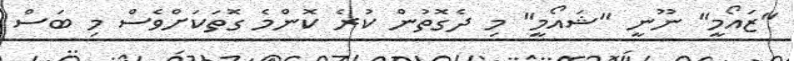
"ޒައޯމީ" ނޫނީ "ޝައޯމީ" މި ދެގޮތުން ކުރެ ކޮންމެ ގޮތަކަށްވެސް މި ބަސް